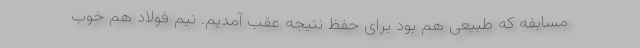
مسابقه که طبیعی هم بود برای حفظ نتیجه عقب آمدیم. تیم فولاد هم خوب